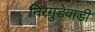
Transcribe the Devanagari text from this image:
निरगुडेवाडी